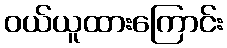
ဝယ်ယူထားကြောင်း